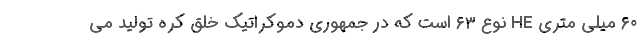
۶۰ میلی متری HE نوع ۶۳ است که در جمهوری دموکراتیک خلق کره تولید می